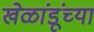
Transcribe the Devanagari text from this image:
खेळांडूंच्या